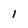
Character: 1